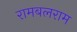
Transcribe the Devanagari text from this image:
रामबलराम